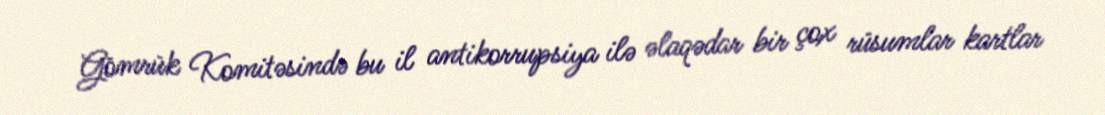
Gömrük Komitəsində bu il antikorrupsiya ilə əlaqədar bir çox rüsumlar kartlar